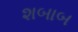
શબાબ